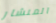
المنشار